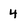
Character: 4